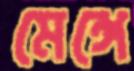
মেঙ্গে